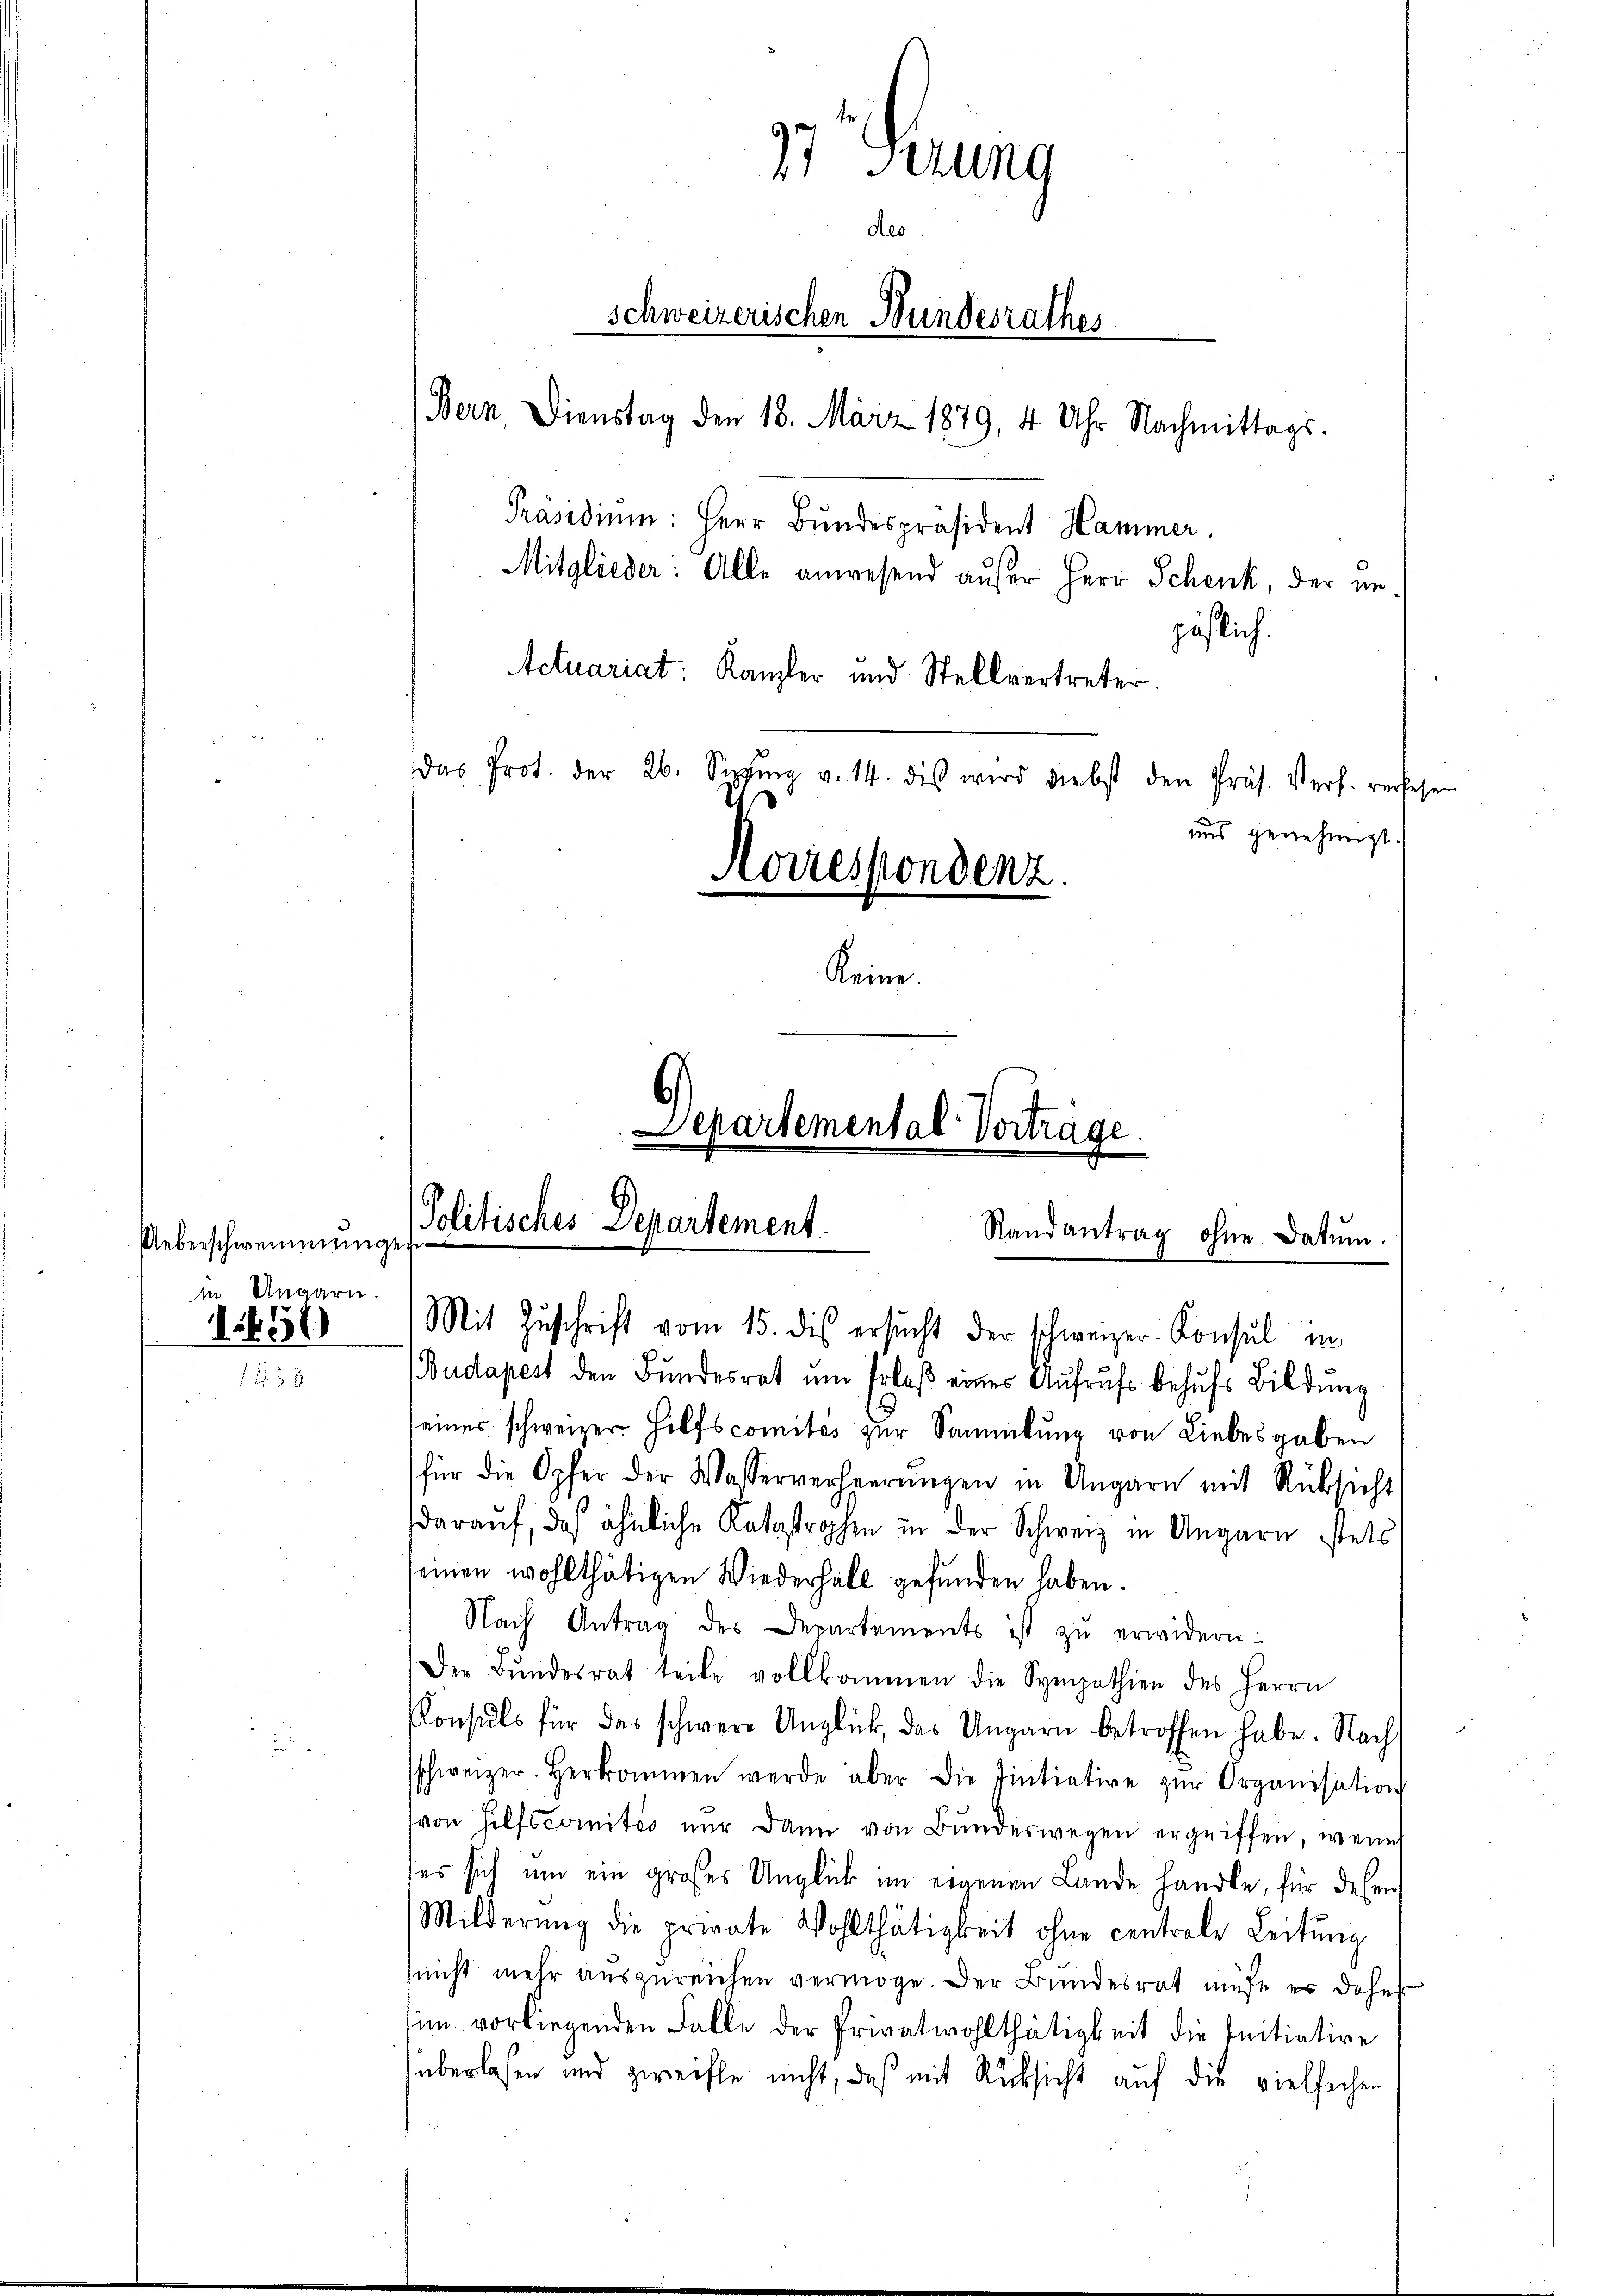
Ueberschwemmungen
in Ungarn.
1856

17. Ferung
des
schweizerischen Bundesrathes
Bern, Dienstag den 18. März 1879, 4 Uhr Nachmittags-
Präsidium: Herr Bundespräsident Hammer.
Mitglieder: Alle anwesend außer Herr Schenk, der im
päßlich.
Actuariat: Kanzler und Stellvertreter.
das Prot. der 26. Seppung v. 14. dis wird diebst den Präs. Verf. versehen
uns genehmigt.
Korrespondenz.
Keine.

Budapest den Bŭndesrat ŭm Erlaβ eines Aŭfrŭfs behŭfs Bildung
seines schweizer Hilfscomites zur Sammlung von Liebesgaben
für die Opfer der Wasserverheerŭngen in Ungarn mit Rücksicht
darauf, daß ähnliche Katastrophen in der Schweiz in Ungarn stets
einen wohlthätigen Wiederhall gefunden haben.
Nach Antrag des Departements ist zu erwidern:
Der Bŭndesrat teile vollkommen die Sympathien des Herrn
Konsuls für das schwere Unglück, das Ungarn betroffen habe. Nachs
sschweizer-Herkommen werde aber die Eintiative zŭr Organisation
von Hilfscomités nŭr dann von Bŭndeswegen ergriffen, wenn
es sich um ein großes Unglück im eigenen Lande handle, für dessen
Milderung die private Wohlthätigkeit ohne centrole Leitŭng
nicht mehr aŭszŭreichen vermöge. Der Bundesrat müste er daher
im vorliegenden Falle der Privatwohlthätigkeit die Initiative
überlassen und zweifle nicht, daß mit Rücksicht auf die vielfachen

Departemental Vorträge
Politisches Departement.
Randantrag ohne Datum.
Mit Zuschrift vom 15. des ersucht der schweizer-Konsul in